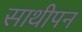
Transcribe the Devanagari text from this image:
साथीपन